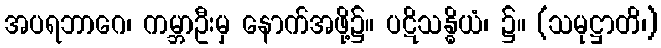
အပရဘာဂေ၊ ကမ္ဘာဦးမှ နောက်အဖို့၌။ ပဋိသန္ဓိယံ၊ ၌။ (သမုဋ္ဌာတိ၊)